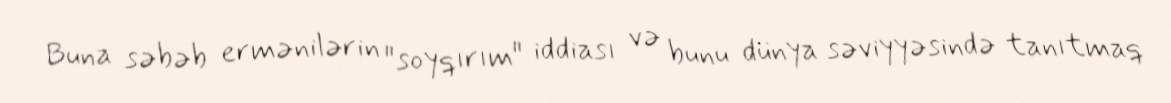
Buna səbəb ermənilərin "soyqırım" iddiası və bunu dünya səviyyəsində tanıtmaq